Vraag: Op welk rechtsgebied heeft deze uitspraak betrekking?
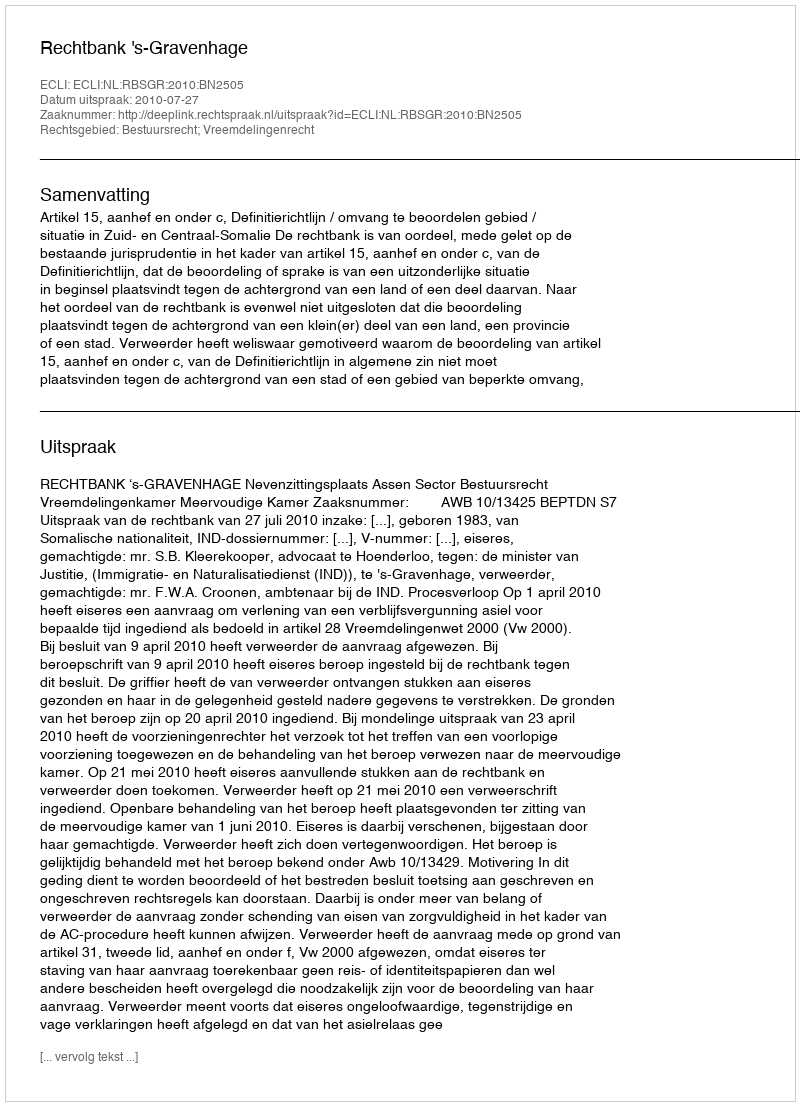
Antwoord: Bestuursrecht; Vreemdelingenrecht